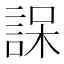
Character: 𮘒